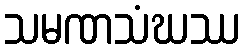
သမဏသံဃဿ